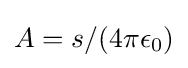
A=s/(4\pi \epsilon _{0})